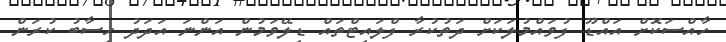
ހާއްސަކޮށް އައްޑޫ ފުވައްމުލަކަށް ދަތުކުރާ ފްލައިޓްތައް ޑިލޭވަމުން އަންނަ އަދަދު ހިސާބު ކުރަން